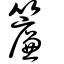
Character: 簾